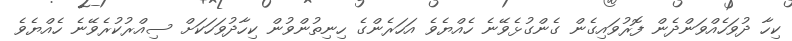
ކިހާ ދުވަހެއްވަންދެން ފޮރުވައިގެން ގެންގުޅެވޭނެ ހެއްޔެވެ އަހަރެންގެ ހިނިތުންވުން ކިހާދުވަހަކަށް ސިއްރުކުރެވޭނެ ހެއްޔެވެ